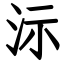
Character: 沶